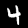
Digit: 4